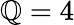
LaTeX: \mathbb{Q}=4